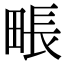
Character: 𤲘